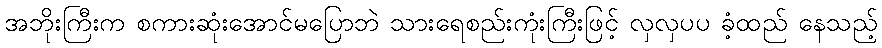
အဘိုးကြီးက စကားဆုံးအောင်မပြောဘဲ သားရေစည်းကုံးကြီးဖြင့် လှလှပပ ခံ့ထည် နေသည့်